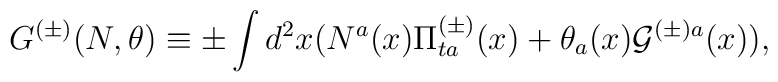
G^{(\pm)}(N,\theta)\equiv\pm\int d^{2}x(N^{a}(x)\Pi_{ta}^{(\pm)}(x)+\theta_{a}(x){\cal G}^{(\pm)a}(x)),